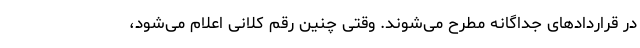
در قراردادهای جداگانه مطرح می‌شوند. وقتی چنین رقم کلانی اعلام می‌شود،